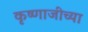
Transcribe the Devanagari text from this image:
कृष्णाजीच्या